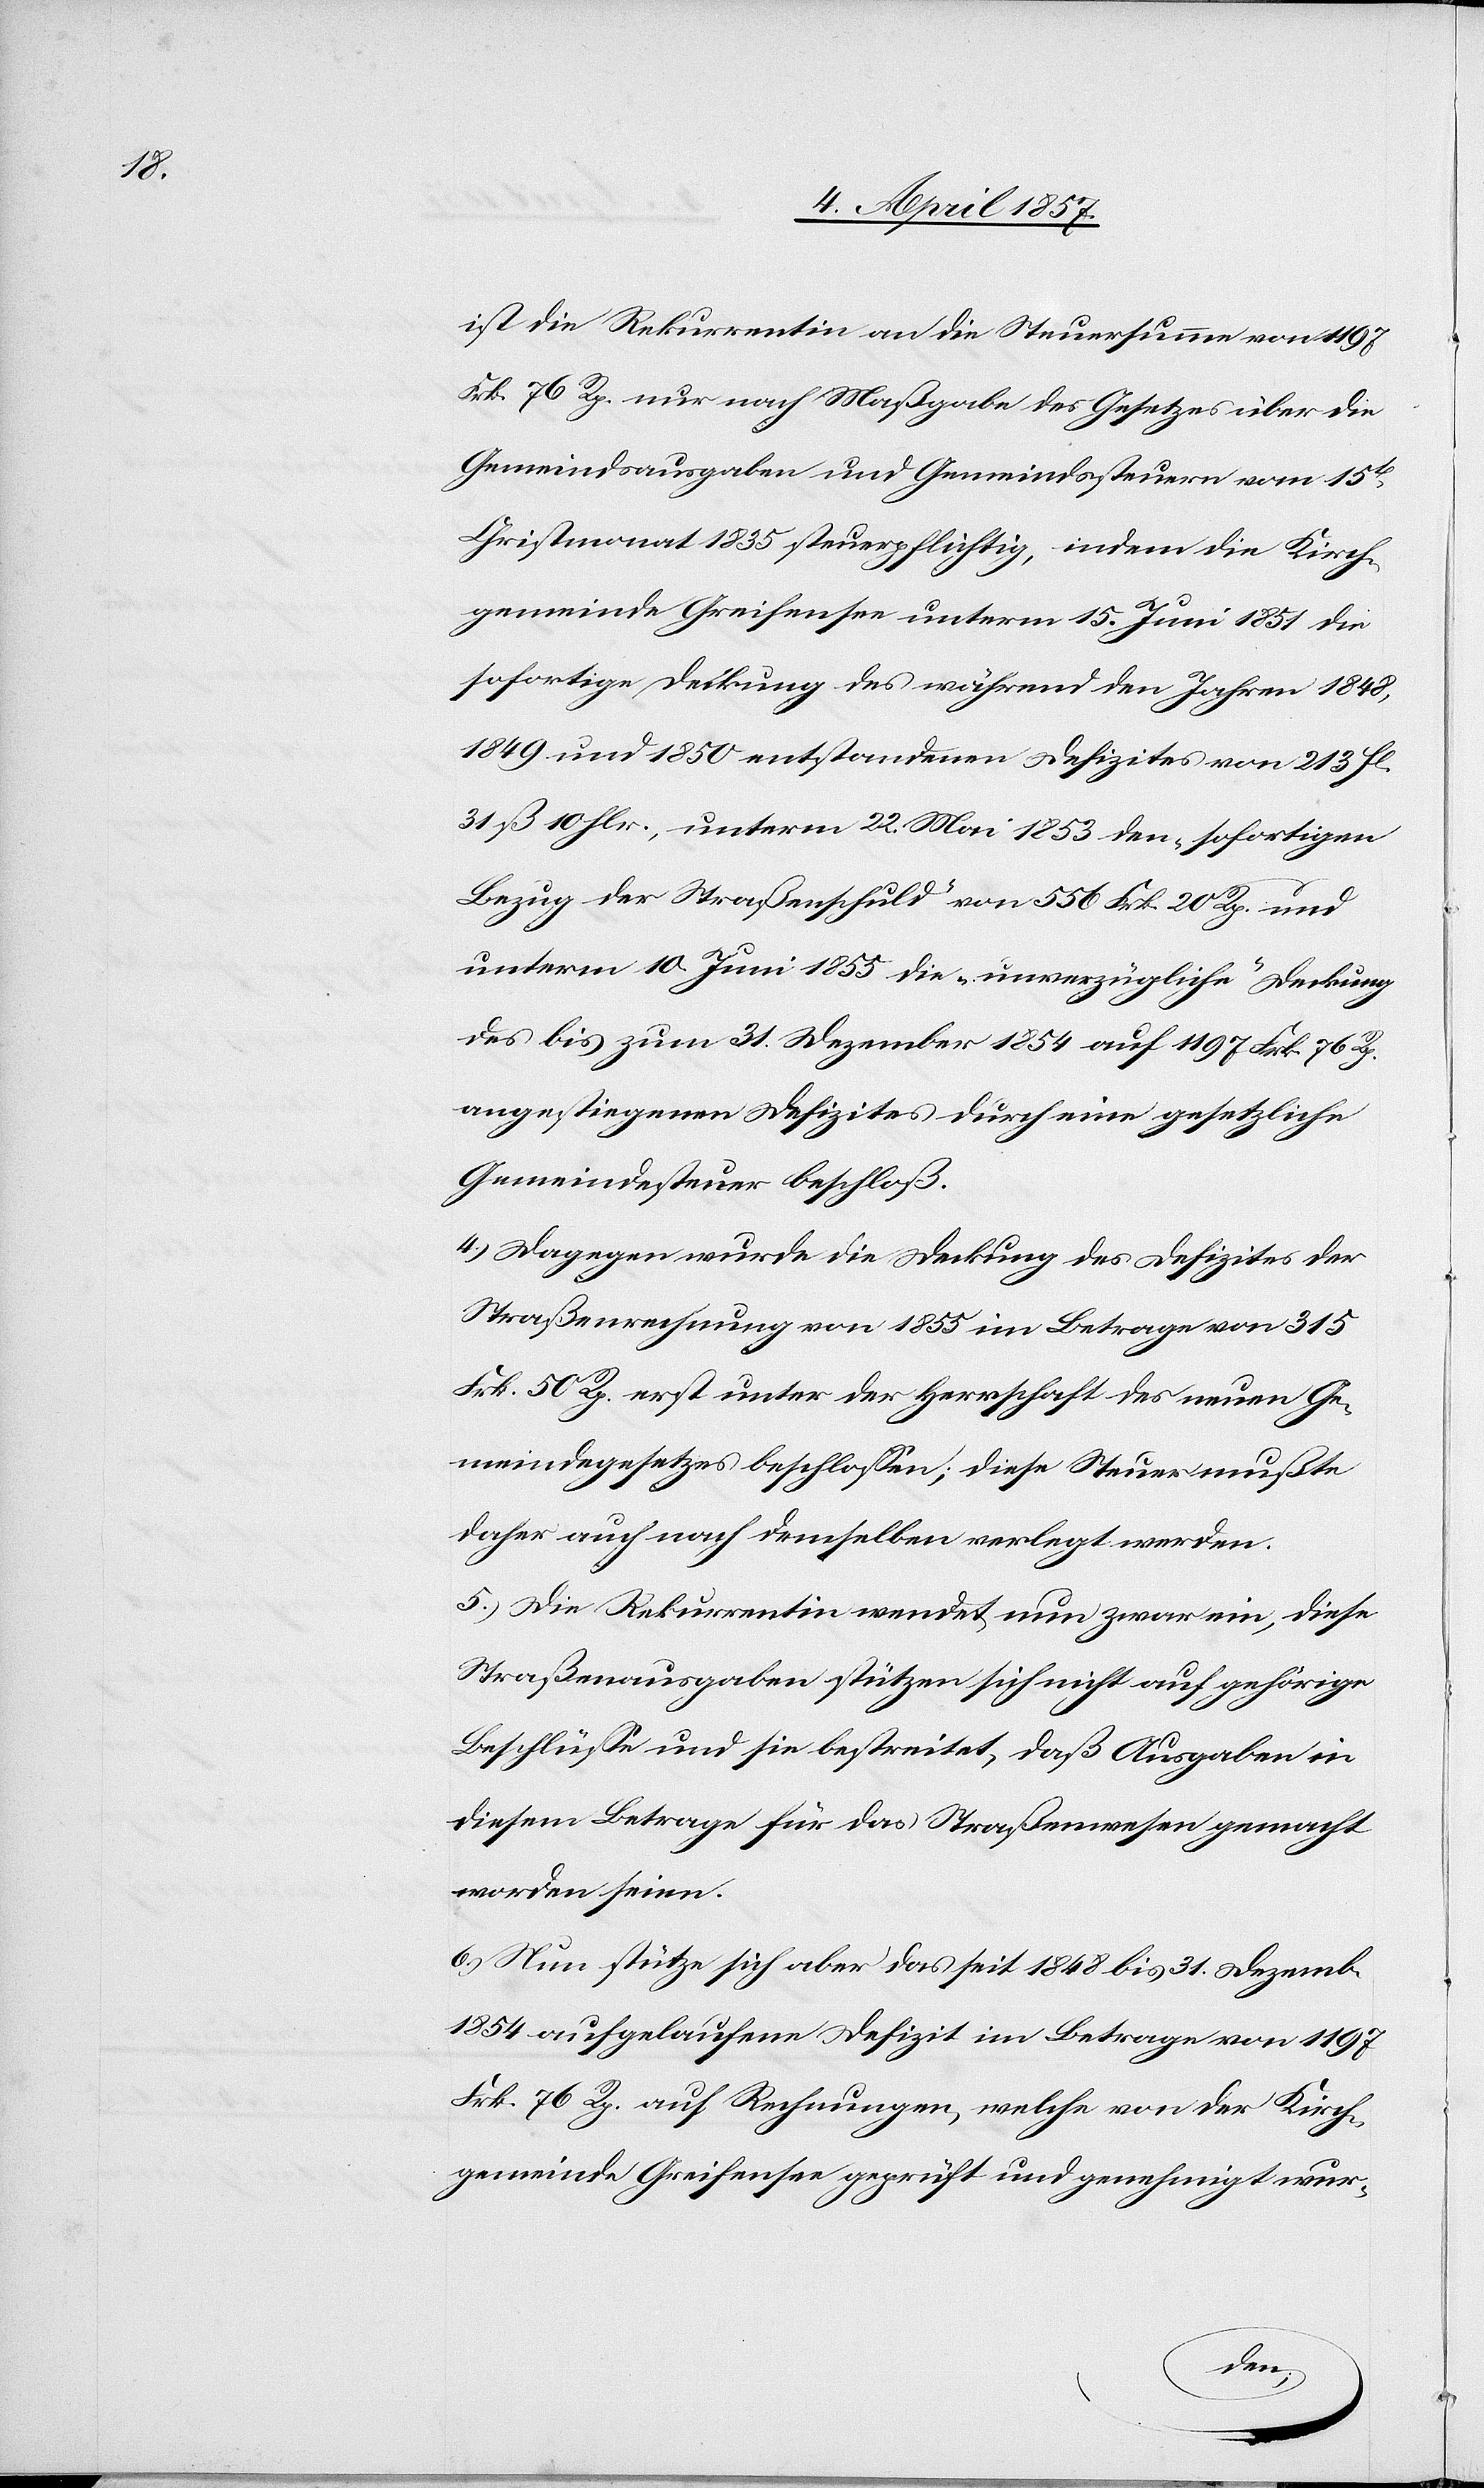
ist die Rekurrentin an die Steuersumme von 1197
Frk. 76 Rp. nur nach Maßgabe des Gesetzes über die
Gemeindsausgaben und Gemeindssteuern vom 15t
Christmonat 1835 steuerpflichtig, indem die Kirch¬
gemeinde Greifensee unterm 15. Juni 1851 die
sofortige Deckung des während den Jahren 1848,
1849 und 1850 entstandenen Defizites von 213 fl.
31 ß 10 hlr., unterm 22. Mai 1853 den „sofortigen
Bezug der Straßenschuld“ von 556 Frk. 20 Rp. und
unterm 10. Juni 1855 die „unverzügliche“ Deckung
des bis zum 31. Dezember 1854 auf 1197 Frk. 76 Rp.
angestiegenen Defizites durch eine gesetzliche
Gemeindesteuer beschloß.
4.) Dagegen wurde die Deckung des Defizites der
Straßenrechnung von 1855 im Betrage von 315
Frk. 50 Rp. erst unter der Herrschaft des neuen Ge¬
meindegesetzes beschlossen; diese Steuer mußte
daher auch nach demselben verlegt werden.
5.) Die Rekurrentin wendet nun zwar ein, diese
Straßenausgaben stützen sich nicht auf gehörige
Beschlüsse und sie bestreitet, daß Ausgaben in
diesem Betrage für das Straßenwesen gemacht
worden seien.
6.) Nun stütze sich aber das seit 1848 bis 31. Dezember
1854 aufgelaufene Defizit im Betrage von 1197
Frk. 76 Rp. auf Rechnungen, welche von der Kirch¬
gemeinde Greifensee geprüft und genehmigt wur-